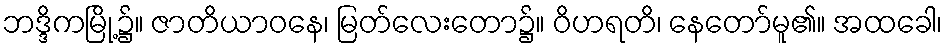
ဘဒ္ဒိကမြို့၌။ ဇာတိယာဝနေ၊ မြတ်လေးတော၌။ ဝိဟရတိ၊ နေတော်မူ၏။ အထခေါ၊